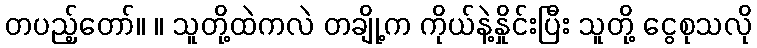
တပည့်တော်။ ။ သူတို့ထဲကလဲ တချို့က ကိုယ်နဲ့နှိုင်းပြီး သူတို့ ငွေစုသလို